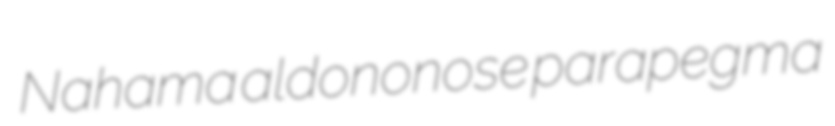
Nahama aldononose parapegma